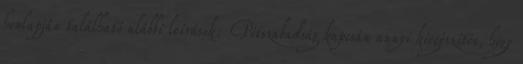
honlapján található alábbi leírások: Pótszabadság kapcsán annyi kiegészítés, hogy